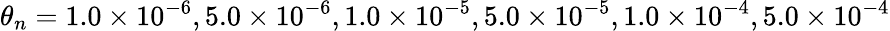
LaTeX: {{\theta}_{n}}=1.0\times{{10}^{-6}},5.0\times{{10}^{-6}},1.0\times{{10}^{-5}},5.0\times{{10}^{-5}},1.0\times{{10}^{-4}},5.0\times{{10}^{-4}}